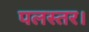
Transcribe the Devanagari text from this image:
पलस्तर।